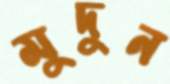
মুদুন